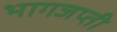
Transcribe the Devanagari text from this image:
भागजप्ती